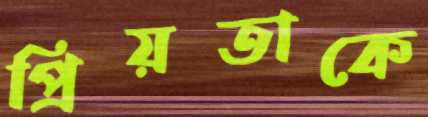
প্রিয়তাকে